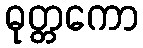
ဓုတ္တကော